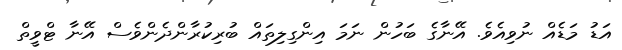
އަޑު މަޑެއް ނުވިއެވެ. އޭނާގެ ބަހުން ނަމަ އިންގިލިތައް ބުރިކުރާންދެންވެސް އޭނާ ޓްވީތް